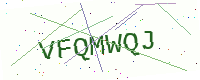
Text: VFQMWQJ